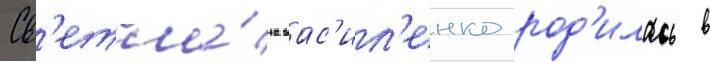
Св'етла́на вас'ил'енко род'илась в